Indian journal of veterinary science and animal husbandry - Volumes 24-25, 1954-1955
Year: 1954
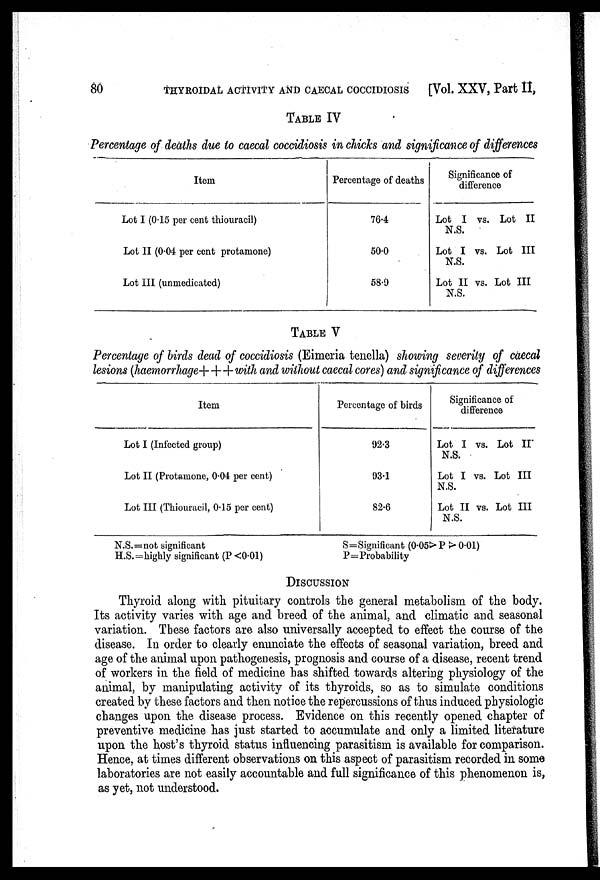
80
THYROIDAL ACTIVITY AND CAECAL COCCIDIOSIS
[Vol. XXV, Part II,
TABLE IV
Percentage of deaths due to caecal coccidiosis in chicks and significance of differences
Item
Lot I (0.15 per cent thiouracil)
Lot II (0.04 per cent protamone)
Lot III (unmedicated)
Percentage of deaths
76.4
50.0
58.9
Significance of
difference
Lot I vs. Lot II
N.S.
Lot I vs. Lot III
N.S.
Lot II vs. Lot III
N.S.
TABLE V
Percentage of birds dead of coccidiosis (Eimeria tenella) showing severity of caecal
lesions (haemorrhage+++ with and without caecal cores) and significance of differences
Item
Lot I (Infected group)
Lot II (Protamone, 0.04 per cent)
Lot III (Thiouracil, 0.15 per cent)
Percentage of birds
92.3
93.1
82.6
Significance of
difference
Lot I vs. Lot II
N.S.
Lot I vs. Lot III
N.S.
Lot II vs. Lot III
N.S.
N.S.=not significant
H.S.=highly significant (P <0.01)
S=Significant (0.05>P >0.01)
P=Probability
DISCUSSION
Thyroid along with pituitary controls the general metabolism of the body.
Its activity varies with age and breed of the animal, and climatic and seasonal
variation. These factors are also universally accepted to effect the course of the
disease. In order to clearly enunciate the effects of seasonal variation, breed and
age of the animal upon pathogenesis, prognosis and course of a disease, recent trend
of workers in the field of medicine has shifted towards altering physiology of the
animal, by manipulating activity of its thyroids, so as to simulate conditions
created by these factors and then notice the repercussions of thus induced physiologic
changes upon the. disease process. Evidence on this recently opened chapter of
preventive medicine has just started to accumulate and only a limited literature
upon the host's thyroid status influencing parasitism is available for comparison.
Hence, at times different observations on this aspect of parasitism recorded in some
laboratories are not easily accountable and full significance of this phenomenon is,
as yet, not understood.